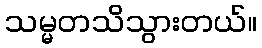
သမ္မတသိသွားတယ်။